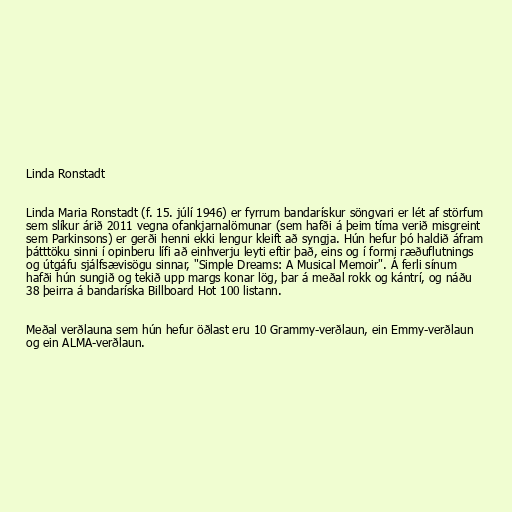
Linda Ronstadt

Linda Maria Ronstadt (f. 15. júlí 1946) er fyrrum bandarískur söngvari er lét af störfum
sem slíkur árið 2011 vegna ofankjarnalömunar (sem hafði á þeim tíma verið misgreint
sem Parkinsons) er gerði henni ekki lengur kleift að syngja. Hún hefur þó haldið áfram
þátttöku sinni í opinberu lífi að einhverju leyti eftir það, eins og í formi ræðuflutnings
og útgáfu sjálfsævisögu sinnar, "Simple Dreams: A Musical Memoir". Á ferli sínum
hafði hún sungið og tekið upp margs konar lög, þar á meðal rokk og kántrí, og náðu
38 þeirra á bandaríska Billboard Hot 100 listann.

Meðal verðlauna sem hún hefur öðlast eru 10 Grammy-verðlaun, ein Emmy-verðlaun
og ein ALMA-verðlaun.